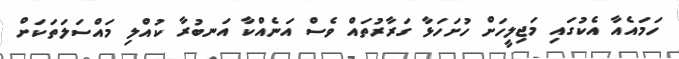
ހަމައެއާ އެކުގައި މަޖިލީހަށް ހުށަހަޅާ ގަރާރުތައް ވެސް އަނެއްކާ އަނބުރާ ކުއްލި މައްސަލަތަކަށް